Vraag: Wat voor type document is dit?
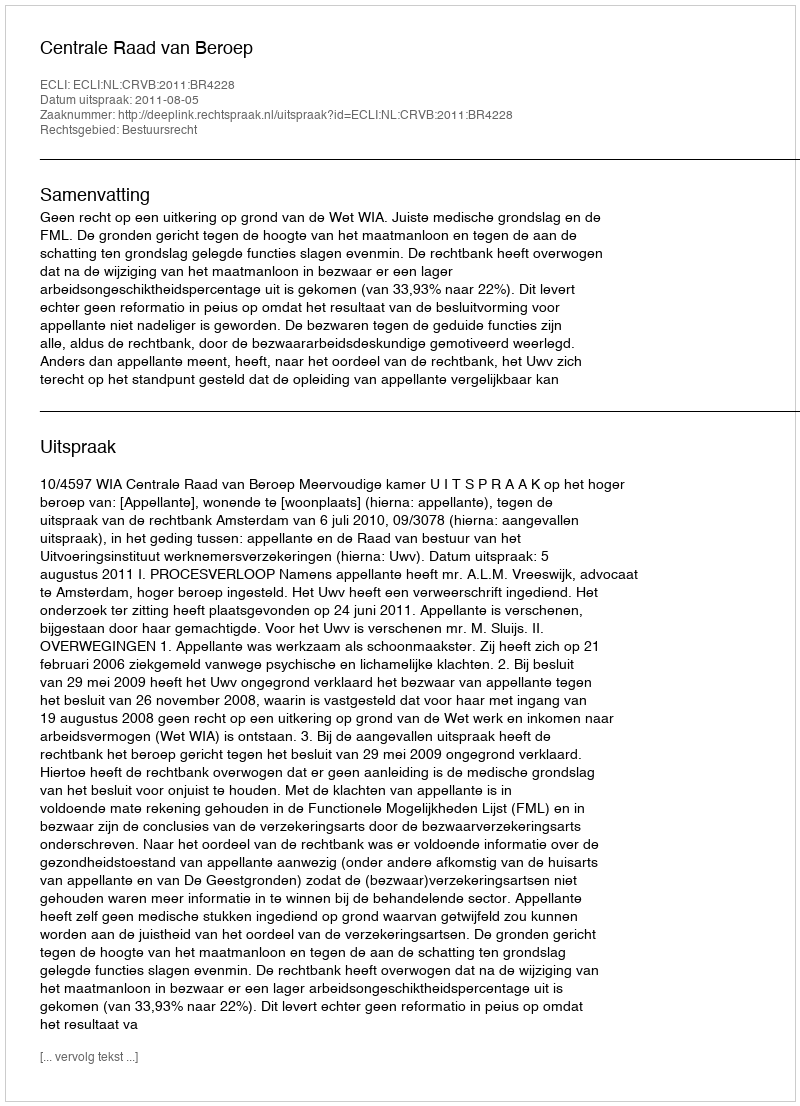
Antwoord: Uitspraak